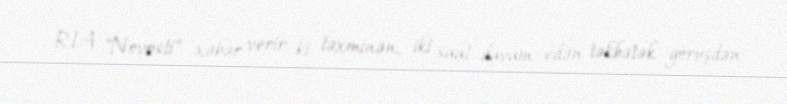
RİA "Novosti" xəbər verir ki, təxminən, iki saat davam edən təkbətək görüşdən